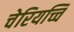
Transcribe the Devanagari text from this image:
चेरियच्चि